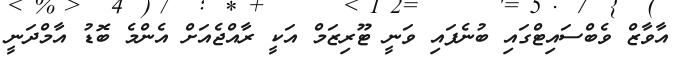
އާވާޒް ވެބްސައިޓްގައި ބުނެފައި ވަނީ ޓޫރިޒަމް އަކީ ރާއްޖެއަށް އެންމެ ބޮޑު އާމްދަނީ